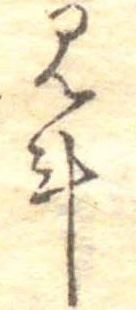
見斗